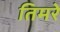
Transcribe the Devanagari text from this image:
तिमरे